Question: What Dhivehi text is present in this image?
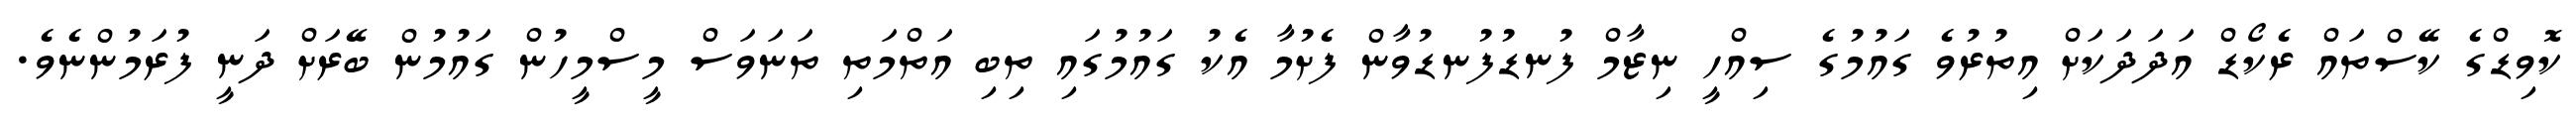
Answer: ކޮވިޑްގެ ކޭސްތައް ރެކޯޑް އަދަދަކަށް އިތުރުވެ ގައުމުގެ ސިއްހީ ނިޒާމް ފުނޑުފުނޑުވާން ފެށުމާ އެކު ގައުމުގައި ތިބި އަތްމަތި ތަނަވަސް މީސްމީހުން ގައުމުން ބޭރަށް ދަނީ ފުރަމުންނެވެ.